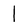
Character: l